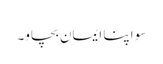
سو اپنا ایمان بچاو۔